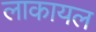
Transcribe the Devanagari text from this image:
लाकायल